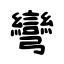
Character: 彎